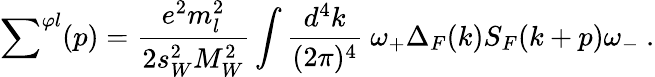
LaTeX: {\sum}^{\varphi l}(p)=\frac{e^{2}m_{l}^{2}}{2s_{W}^{2}M_{W}^{2}}\int\frac{d^{4}k}{(2\pi)^{4}}\ \omega_{+}\Delta_{F}(k)S_{F}(k+p)\omega_{-}\ .